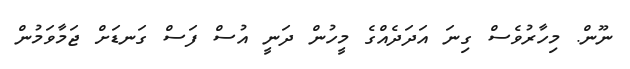
ނޫން. މިހާރުވެސް ގިނަ އަދަދެއްގެ މީހުން ދަނީ އުސް ފަސް ގަނޑަށް ޖަމާވަމުން